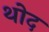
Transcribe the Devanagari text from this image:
थोद